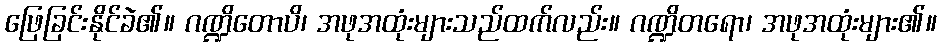
ဖြေခြင်းနိုင်ခဲ၏။ ဂဏ္ဍိတောပိ၊ အဖုအထုံးများသည်ထက်လည်း။ ဂဏ္ဍိတရော၊ အဖုအထုံးများ၏။